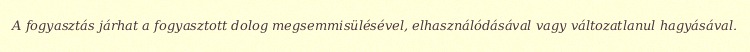
A fogyasztás járhat a fogyasztott dolog megsemmisülésével, elhasználódásával vagy változatlanul hagyásával.